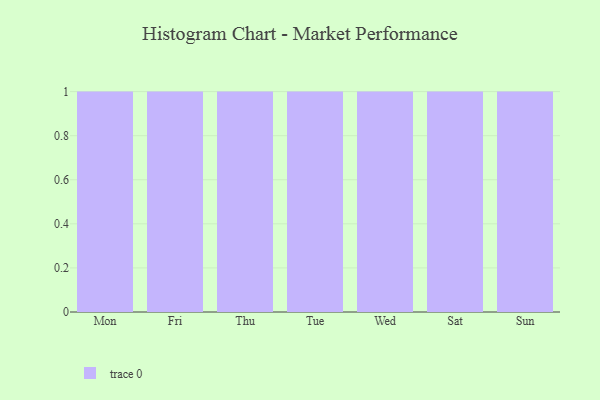
{"axis": {"x": "Day", "y": "Demand Index"}, "legend": [""], "data": [{"x": "Mon", "y": 35, "type": ""}, {"x": "Fri", "y": 86, "type": ""}, {"x": "Thu", "y": 27, "type": ""}, {"x": "Tue", "y": 52, "type": ""}, {"x": "Wed", "y": 55, "type": ""}, {"x": "Sat", "y": 39, "type": ""}, {"x": "Sun", "y": 96, "type": ""}]}